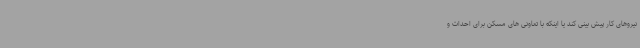
نیروهای کار پیش بینی کند یا اینکه با تعاونی های مسکن برای احداث و